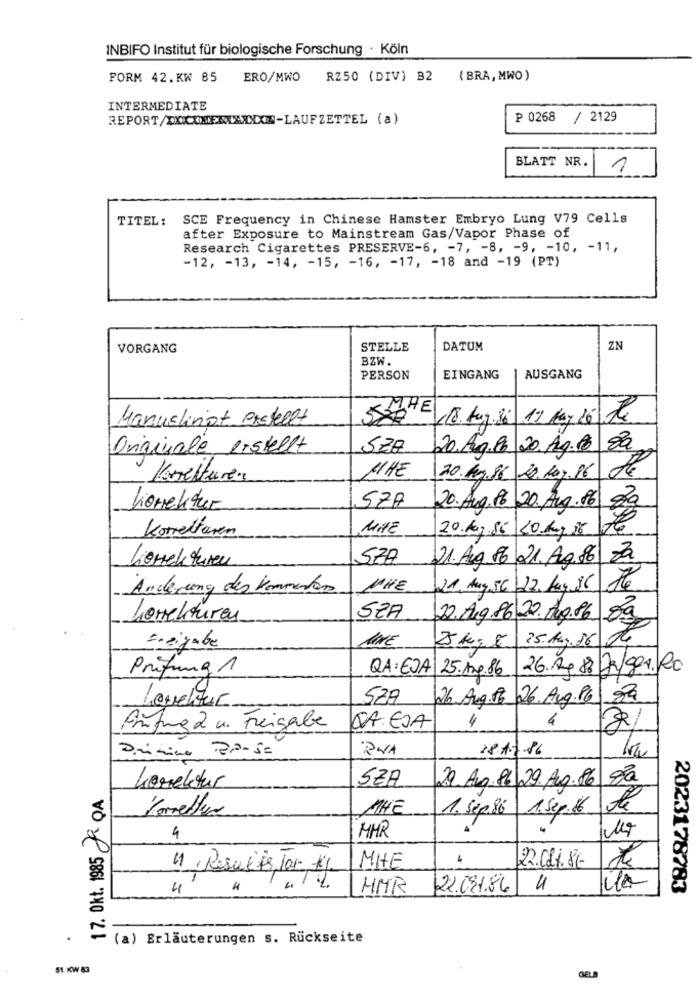
INBIFO Institut für biologische Forschung · Köln
FORM 42.KW 85
ERO/MWO
R250 (DIV) B2
( BRA, MWO )
INTERMEDIATE
REPORT/DUCKMENXXXXXX-LAUFZETTEL (a)
P 0268 / 2129
BLATT NR.
1
TITEL :
SCE Frequency in Chinese Hamster Embryo Lung V79 Cells
after Exposure to Mainstream Gas/Vapor Phase of
Research Cigarettes PRESERVE-6, - 7, - 8, - 9, - 10, - 11,
-12, - 13, - 14, - 15, - 16, - 17, - 18 and -19 (PT)
VORGANG
STELLE
DATUM
ZN
BZW.
PERSON
EINGANG
AUSGANG
THE
Manuskriot erstellt
(18. Aug.si 17 May 16 te
Originale erstellt
SZA
20. Aug.16 20. Ag. 0 8a
Korrekturen
MHZ
20.19.81 22.May.16
Korrektur
577
20. Aug. 86 20. Aug . 16 80
MÃE
20.Aug.85 20 Kg 36
Korrekturen
57A
21. Aug 86 21. Aug.86 Za
Korrekturen
Änderung des Kommentar
MNE
21. August 22. Aug.86 76
Korrekturen
SZA
22.Aug.86 20. Aug.86
25. Aug.16
Freigabe
5 Kg 8
Prüfung 1
26.14.8 72/901.20
QA: EJA 25.Ang.86
SZA
26.Aug.86
26. Aug.16 84
Leveltur
4
Brifing 2 u. Freigabe
QA: EJA
4
Dritino PP-Se
RUA
18.1.2.86
SZA
29. Aug. 81 29. Aug. 86 9a
17. Okt. 1985 Ja QA
korektur
Korrektur
MHE
1. Sep.86 1.Sep.16 de
MHR
4
MHE
4
22.02.1.86-
1. Results, Jar- Kg
4
HMR
22.081.86 4
ila
2023178783
(a) Erläuterungen s. Rückseite
51. KW 83